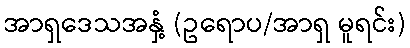
အာရှဒေသအနှံ့ (ဥရောပ/အာရှ မူရင်း)